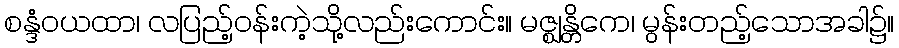
စန္ဒံဝယထာ၊ လပြည့်ဝန်းကဲ့သို့လည်းကောင်း။ မဇ္ဈန္တိကေ၊ မွန်းတည့်သောအခါ၌။